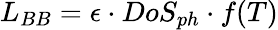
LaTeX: L_{BB}=\epsilon\cdot DoS_{ph}\cdot f(T)